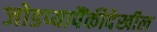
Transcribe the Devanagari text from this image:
जोडप्यापैंकीदेखील